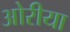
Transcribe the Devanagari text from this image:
ओरीया